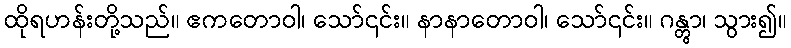
ထိုရဟန်းတို့သည်။ ဧကတောဝါ၊ သော်၎င်း။ နာနာတောဝါ၊ သော်၎င်း။ ဂန္တွာ၊ သွား၍။